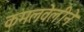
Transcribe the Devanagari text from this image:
कमलवेलीने